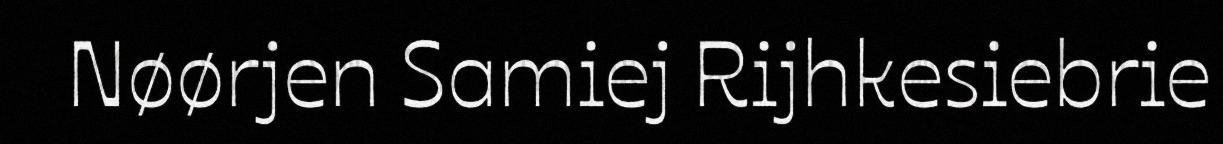
Nøørjen Samiej Rijhkesiebrie